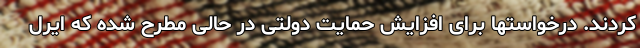
کردند. درخواستها برای افزایش حمایت دولتی در حالی مطرح شده که ایرل